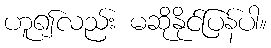
ဟူ၍လည်း မဆိုနိုင်ပြန်ပါ။